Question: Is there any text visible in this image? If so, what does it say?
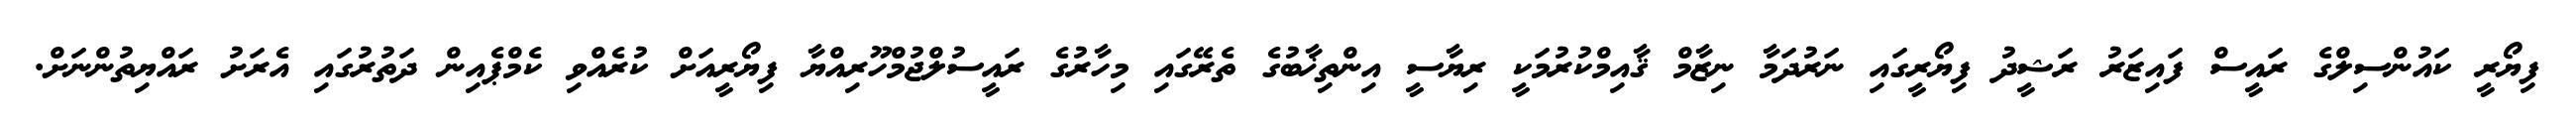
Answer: ފިޔޯރީ ކައުންސިލްގެ ރައީސް ފައިޒަރު ރަޝީދު ފިޔޯރީގައި ނަރުދަމާ ނިޒާމް ޤާއިމްކުރުމަކީ ރިޔާސީ އިންތިޚާބުގެ ތެރޭގައި މިހާރުގެ ރައީސުލްޖުމްހޫރިއްޔާ ފިޔޯރީއަށް ކުރެއްވި ކެމްޕެއިން ދަތުރުގައި އެރަށު ރައްޔިތުންނަށް.